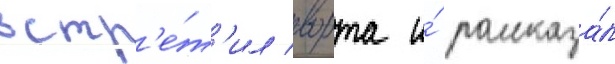
встр'е́т'ил ворта и́ рассказа́л